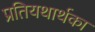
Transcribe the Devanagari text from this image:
प्रतियथार्थका